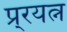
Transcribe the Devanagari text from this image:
प्र्रयत्न